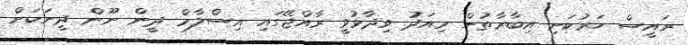
ރައީސް ހަރުކަށި އިބާރާތުން މިއަދު ވިދާޅުވީ ރާއްޖޭގައި އިސްލާމް ދީން ނޫން ދީނަކަށް